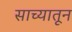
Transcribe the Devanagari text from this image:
साच्यातून